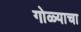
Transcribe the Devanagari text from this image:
गोळ्याचा